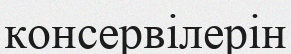
консервілерін